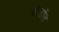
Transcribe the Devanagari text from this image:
कैन्डॉल